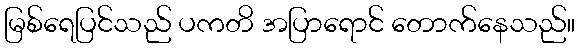
မြစ်ရေပြင်သည် ပကတိ အပြာရောင် တောက်နေသည်။